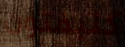
كليفتون